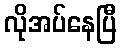
လိုအပ်နေပြီ